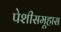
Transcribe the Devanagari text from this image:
पेशीसमूहास